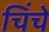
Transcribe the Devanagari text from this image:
चिंचे